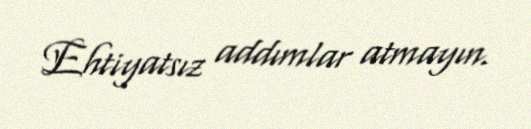
Ehtiyatsız addımlar atmayın.